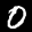
Label: 0